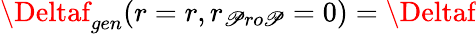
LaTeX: \Deltaf_{gen}(r=r,r_{\mathscr{P}ro\mathscr{P}}=0)=\Deltaf